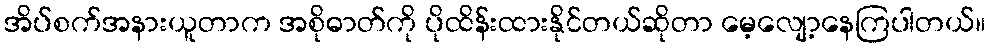
အိပ်စက်အနားယူတာက အစိုဓာတ်ကို ပိုထိန်းထားနိုင်တယ်ဆိုတာ မေ့လျော့နေကြပါတယ်။